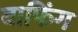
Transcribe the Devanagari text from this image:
बाफिंग